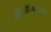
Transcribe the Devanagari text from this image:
मॅसिडोनियाच्या